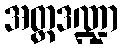
အတ္တဒဏ္ဍာ